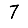
Digit: 7